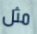
مثل